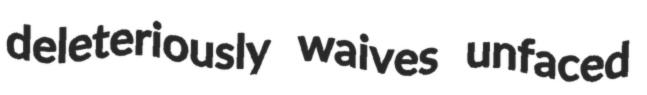
deleteriously waives unfaced